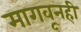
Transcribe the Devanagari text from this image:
मागवूनही